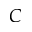
C